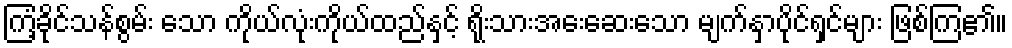
ကြံ့ခိုင်သန်စွမ်း သော ကိုယ်လုံးကိုယ်ထည်နှင့် ရိုးသားအေးဆေးသော မျက်နှာပိုင်ရှင်များ ဖြစ်ကြ၏။